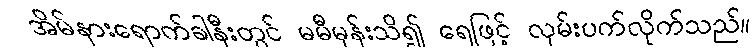
အိမ်နားရောက်ခါနီးတွင် မမီမှန်းသိ၍ ရေဖြင့် လှမ်းပက်လိုက်သည်။